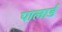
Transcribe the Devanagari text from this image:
पालार्ड